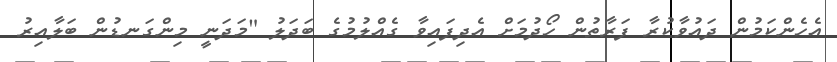
އެހެންކަމުން ދައުވާކުރާ ފަރާތުން ހޯދުމަށް އެދިފައިވާ ގެއްލުމުގެ ބަދަލު "މަދަނީ މިންގަނޑުން ބަލާއިރު